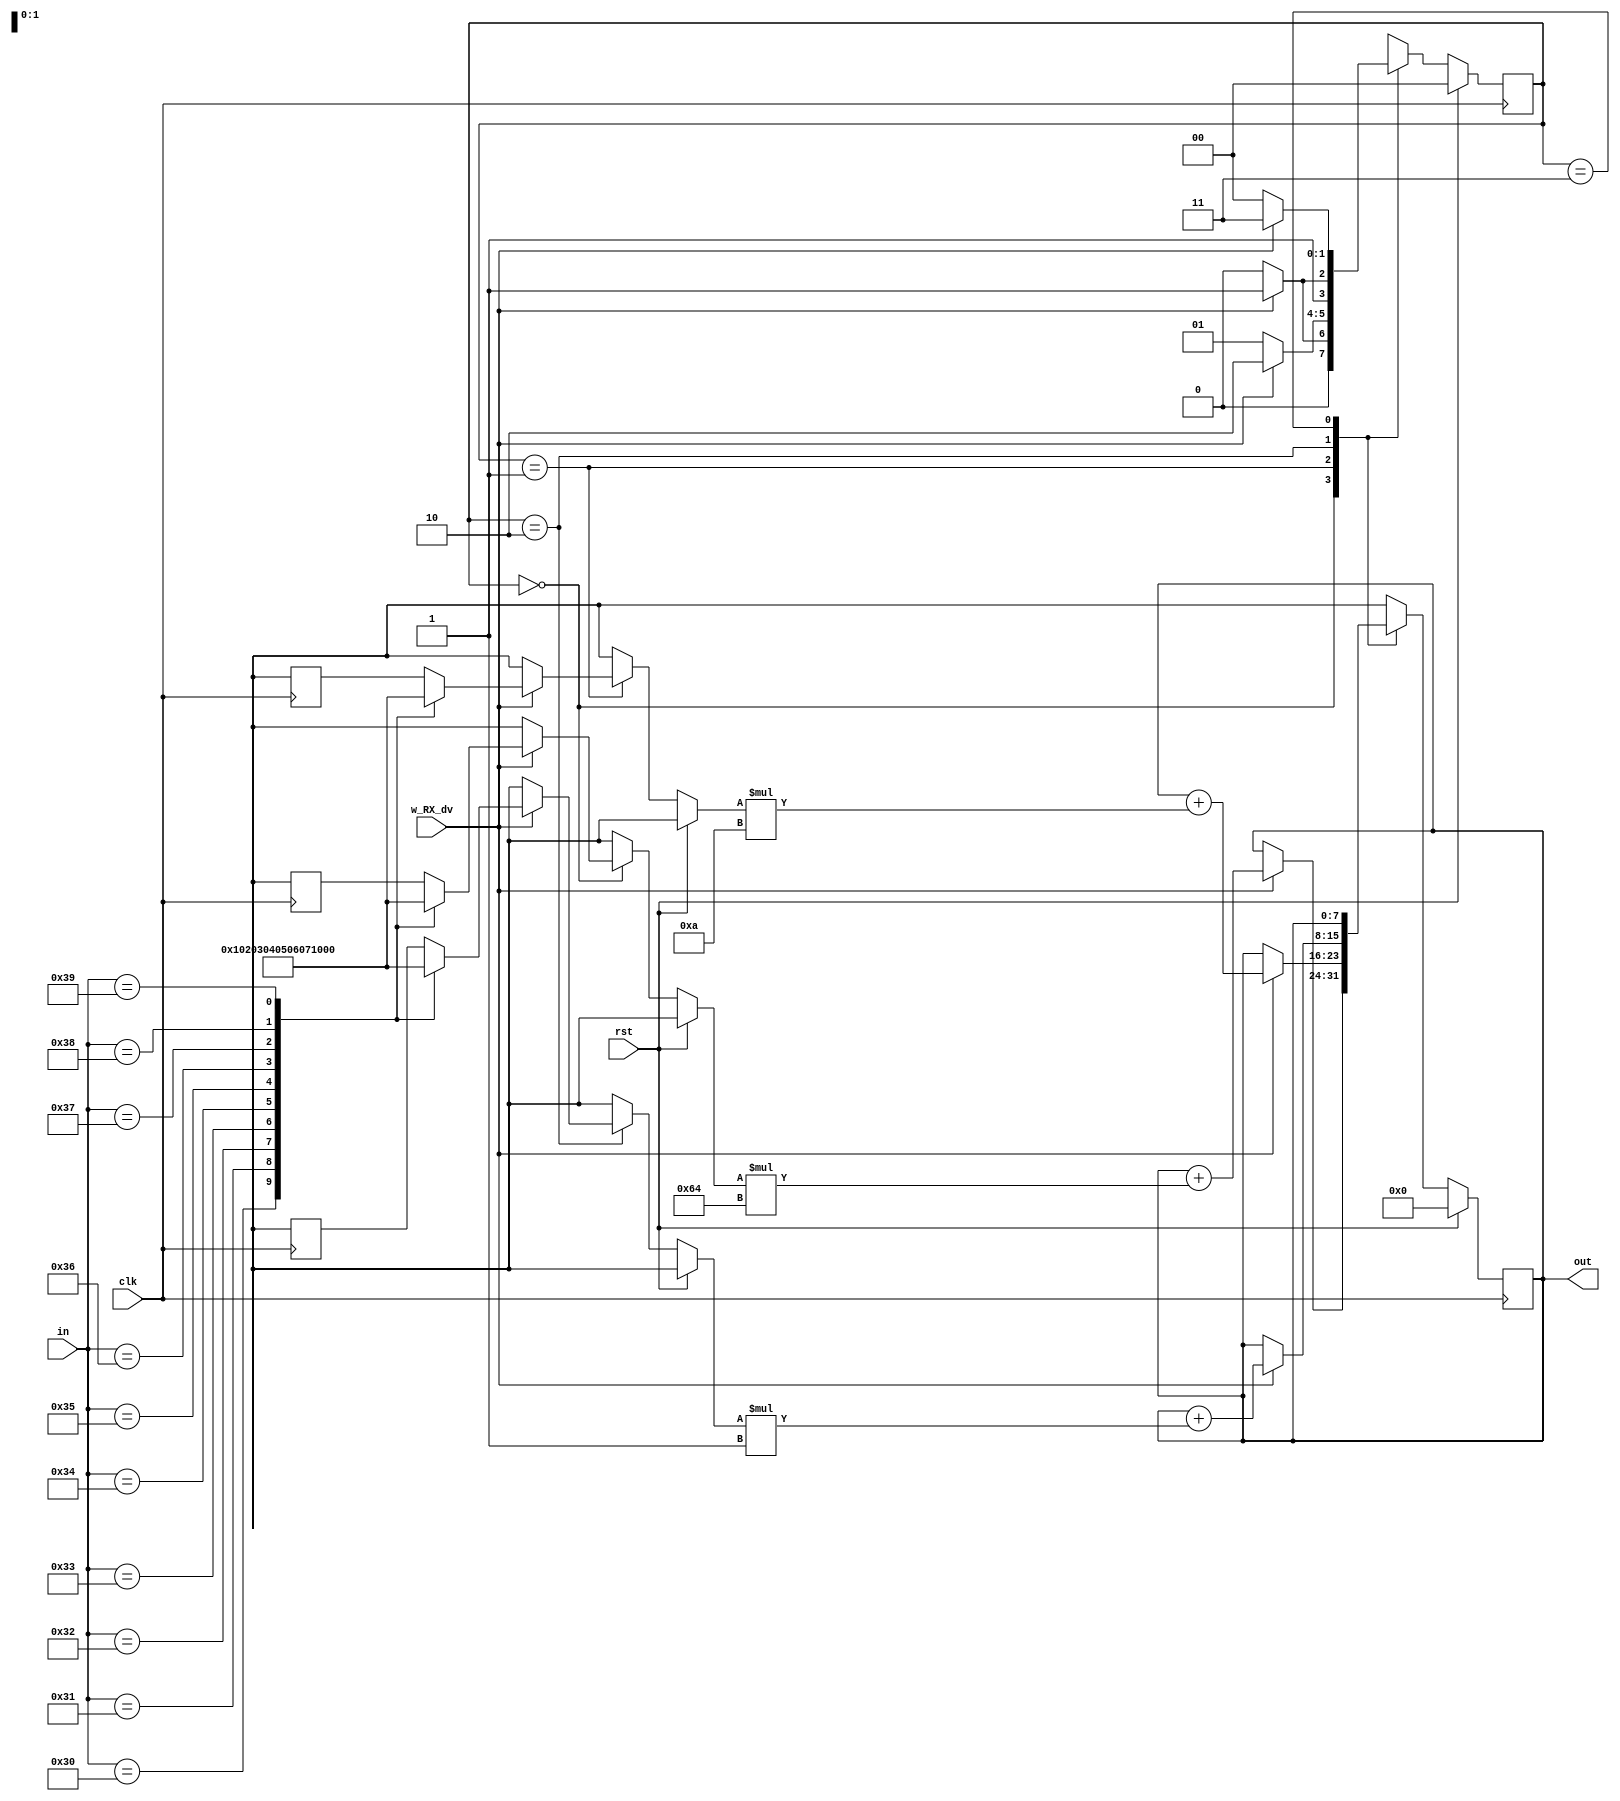
module ascii2binaryconverter (in,out,clk,rst,w_RX_dv);
input [7:0] in; 	//ASCII input
input clk;		//Clock Signal
input rst;		
input w_RX_dv;  //This bit goes to 1 if the data byte is received properly

output reg [7:0] out;	//Binary Output

parameter s0 = 2'b00, s1 = 2'b01, s2 = 2'b10, s3 = 2'b11;  //defining different states for Finite State Machine
reg fsm;		//FSM output					   
reg [7:0] a;
reg [1:0] state;	//Variable for tracking the state


   task ascii2binary;
	input [7:0] w_RX_byte;  
	output [7:0]out;	
	begin
		case (w_RX_byte)
		48: out = 0;		//ASCII value 48 = 0 in Binary
		49: out = 1;		//ASCII value 49 = 1 in Binary
		50: out = 2;		//ASCII value 50 = 2 in Binary
		51: out = 3;		//ASCII value 51 = 3 in Binary
		52: out = 4;		//ASCII value 52 = 4 in Binary
		53: out = 5; 		//ASCII value 53 = 5 in Binary
		54: out = 6;		//ASCII value 54 = 6 in Binary
		55: out = 7;		//ASCII value 55 = 7 in Binary
		56: out = 8;		//ASCII value 56 = 8 in Binary
		57: out = 9;		//ASCII value 57 = 9 in Binary
		endcase
	end
   endtask
	
always @ (posedge clk)begin
	if (rst)begin
		state = s0; out = 0; a =0 ;	
	end
	else begin                     //Finite State Machine: Mealy Machine
	case (state)
		s0: begin
			fsm =0; 
			if (w_RX_dv) begin
				state = s1;
				ascii2binary(in,a);
				out = out +  a * 100;
				$display ($realtime, "ns %d", out);
 			end
			else begin
				state = s0;
			end
		end
		s1: begin
			fsm =0; 
			if (w_RX_dv) begin
				state = s2;
				ascii2binary(in,a);
				out = out + a * 10;
				$display ($realtime, "ns %d", out);
 			end
			else begin
				state = s1;
			end
		end
		s2: begin
			fsm =0; 
			if (w_RX_dv) begin
				state = s3;
				ascii2binary(in,a);
				out = out + a * 1;
				$display ($realtime, "ns %d", out);
 			end
			else begin
				state = s2;
			end
		end
		s3: begin
			fsm =1;
			if (w_RX_dv == 0) begin
				$display ($realtime, "ns %d", out);
				state = s0;
 			end
			else begin
				state = s3;
			end 
		end
	endcase
	end
end
endmodule